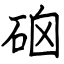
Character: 硇